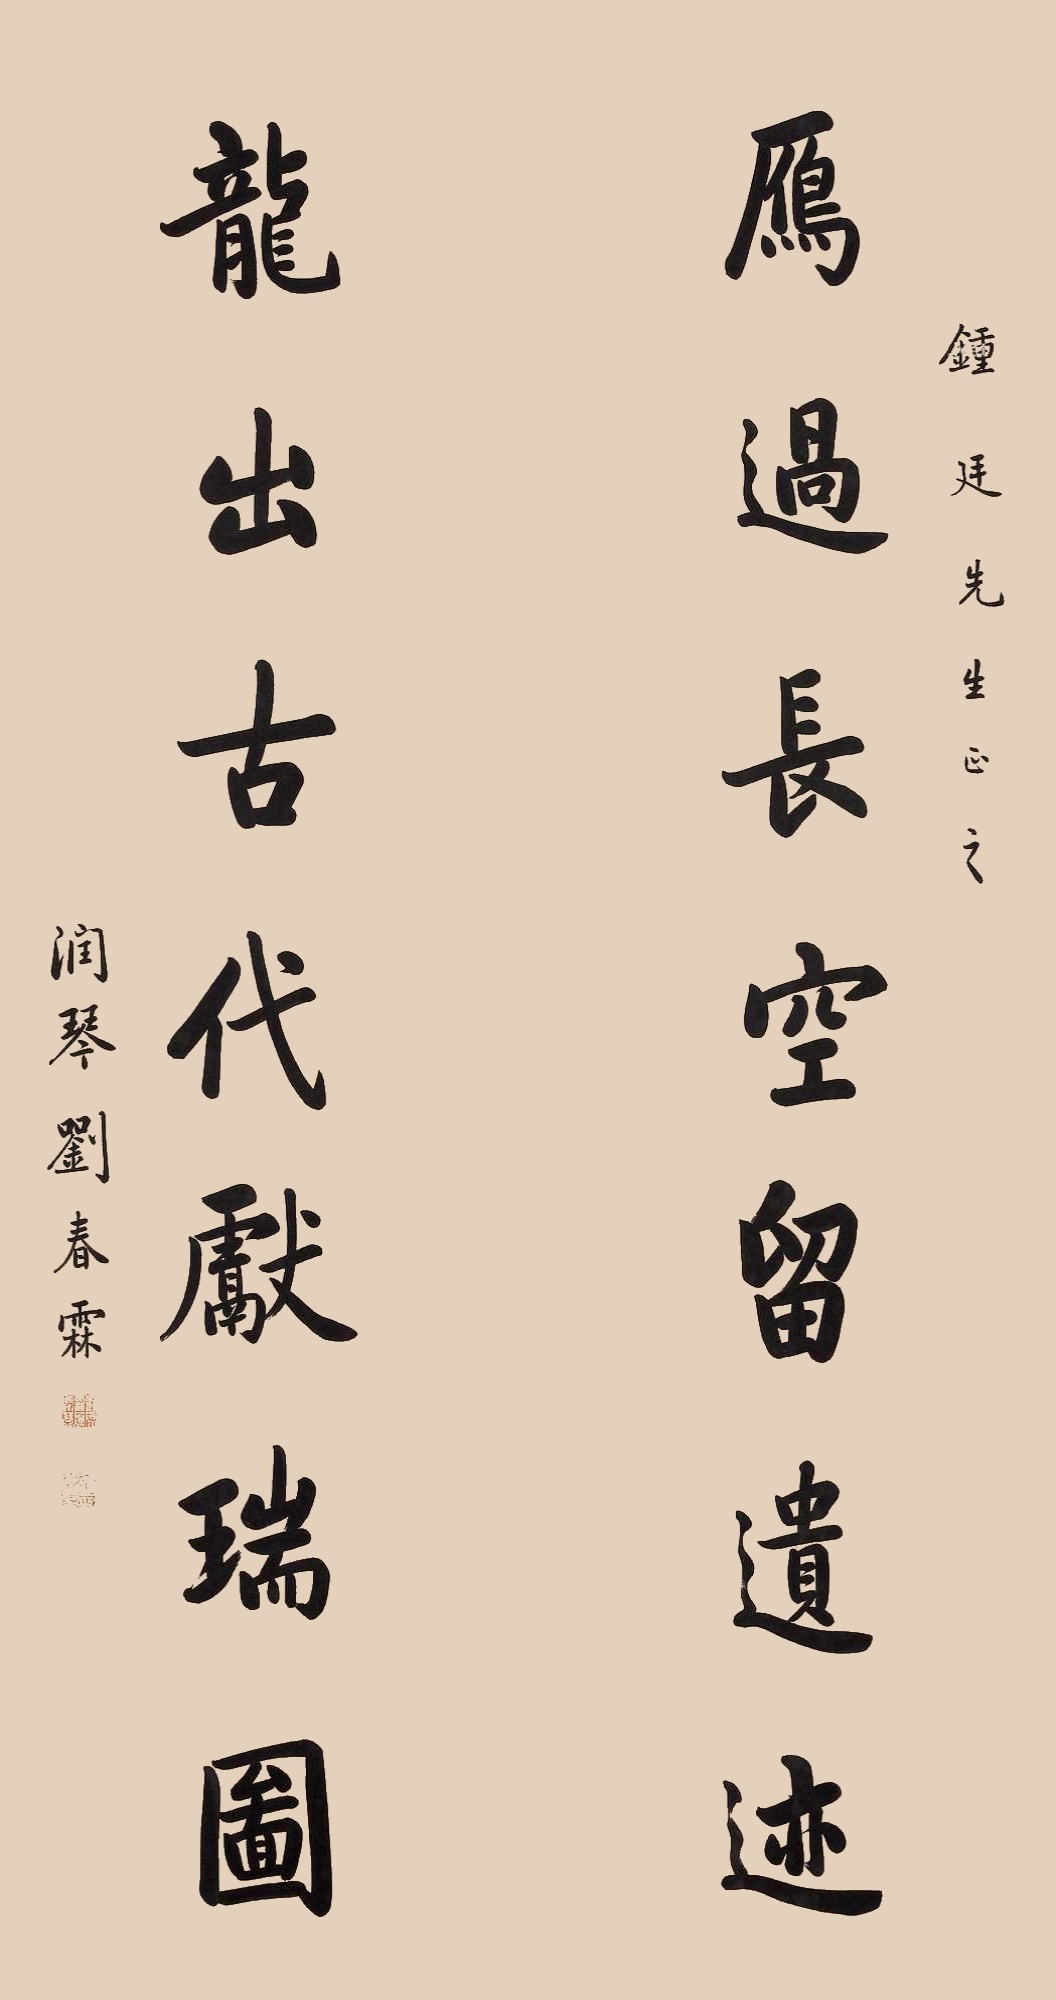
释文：雁过长空留遗迹，龙出古代献瑞图。钟廷先生正之，润琴刘春霖。